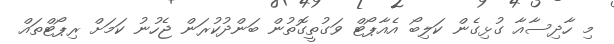
މި ހާދިސާއާ ގުޅިގެން ކަލިބޯ އެއާޕޯޓް ވަގުތީގޮތުން ބަންދުކުރަން ޖެހުނު ކަމަށް ރިޕޯޓްތައް